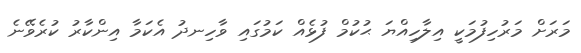
މަރަށް މަރުހިފުމަކީ އިލާހިއްޔަ ޙުކުމް ފުޅެއް ކަމުގައި ވާހިނދު އެކަމާ އިންކާރު ކުރެވޭނެ